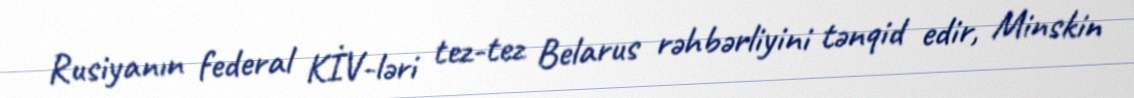
Rusiyanın federal KİV-ləri tez-tez Belarus rəhbərliyini tənqid edir, Minskin